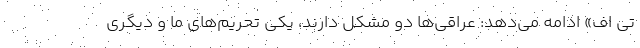
تی اف» ادامه می‌دهد: عراقی‌ها دو مشکل دارند، یکی تحریم‌های ما و دیگری